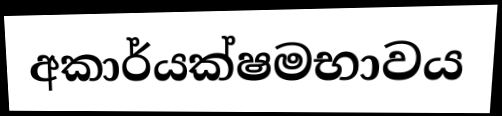
අකාර්යක්ෂමභාවය